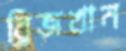
ব্রিজখান